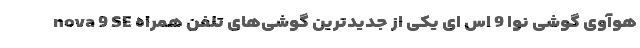
nova 9 SE هوآوی گوشی نوا 9 اس ای یکی از جدیدترین گوشی‌های تلفن همراه